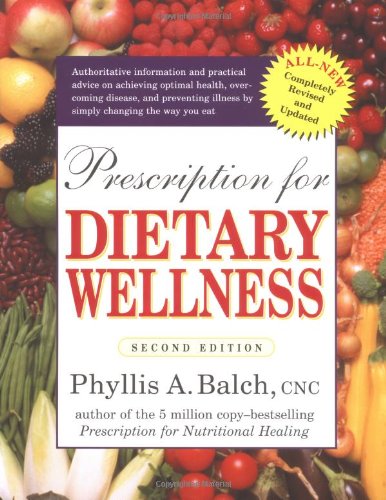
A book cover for Prescription for Dietary Wellness: Using Foods to Heal 2nd Edition; Phyllis A. Balch CNC; Health, Fitness & Dieting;